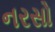
નરસો